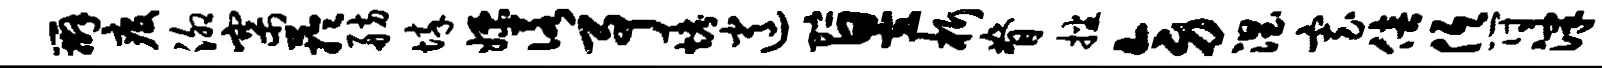
辫疫泖寨芋舫悴嫖诺予烤逍贮昱析脊播旁涅寡倍低符津